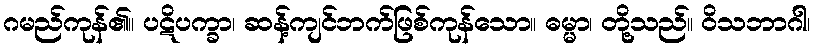
ဂမည်ကုန်၏။ ပဋိပက္ခာ၊ ဆန့်ကျင်ဘက်ဖြစ်ကုန်သော။ ဓမ္မာ၊ တို့သည်။ ဝိသဘာဂါ၊